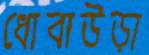
ধোবাউড়া